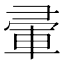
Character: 𭛒